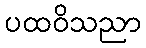
ပထဝိသညာ